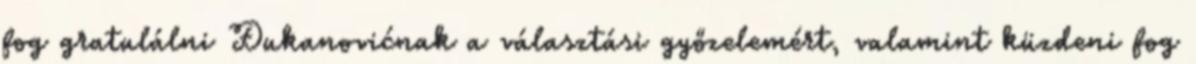
fog gratulálni Đukanovićnak a választási győzelemért, valamint küzdeni fog